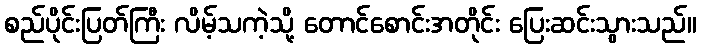
စည်ပိုင်းပြတ်ကြီး လိမ့်သကဲ့သို့ တောင်စောင်းအတိုင်း ပြေးဆင်းသွားသည်။